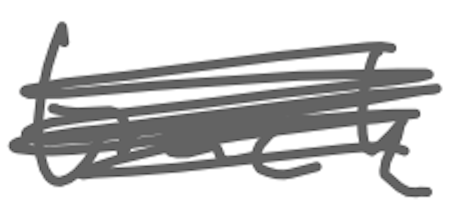
Text: track
Cross-out: scratch
Writing tool: digital_gray